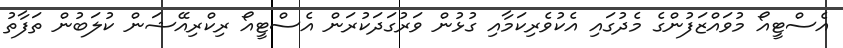
އެސްޓީއޯ މުވައްޒަފުންގެ މެދުގައި އެކުވެރިކަމާއި ގުޅުން ވަރުގަދަކުރަން އެސްޓީއޯ ރިކްރިއޭޝަން ކުލަބުން ތަފާތު